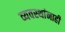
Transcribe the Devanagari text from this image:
व्यवस्थांनाही